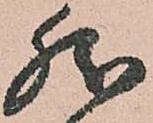
然